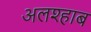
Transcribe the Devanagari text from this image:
अलश्हाब